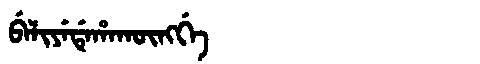
Manchu: ᠪᡝᠯᡳᠶᡝᡩᡝᡥᠠᡴᡡᠩᡤᡝ
Romanization: BELIYEDEHAKŪNGGE